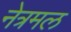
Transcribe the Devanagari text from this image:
नेत्रमल